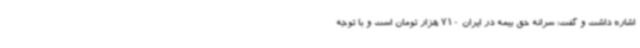
اشاره داشت و گفت: سرانه حق بیمه در ایران 710 هزار تومان است و با توجه